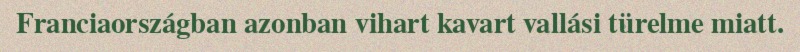
Franciaországban azonban vihart kavart vallási türelme miatt.